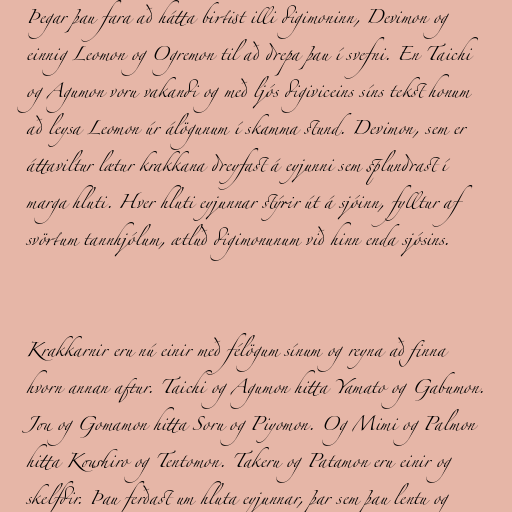
Þegar þau fara að hátta birtist illi digimoninn, Devimon og
einnig Leomon og Ogremon til að drepa þau í svefni. En Taichi
og Agumon voru vakandi og með ljós digiviceins síns tekst honum
að leysa Leomon úr álögunum í skamma stund. Devimon, sem er
áttaviltur lætur krakkana dreyfast á eyjunni sem splundrast í
marga hluti. Hver hluti eyjunnar stýrir út á sjóinn, fylltur af
svörtum tannhjólum, ætluð digimonunum við hinn enda sjósins.

Krakkarnir eru nú einir með félögum sínum og reyna að finna
hvorn annan aftur. Taichi og Agumon hitta Yamato og Gabumon.
Jou og Gomamon hitta Soru og Piyomon. Og Mimi og Palmon
hitta Koushiro og Tentomon. Takeru og Patamon eru einir og
skelfdir. Þau ferðast um hluta eyjunnar, þar sem þau lentu og